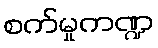
စက်မှုကဏ္ဍ